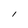
Character: 1